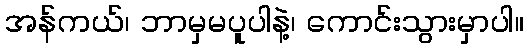
အန်ကယ်၊ ဘာမှမပူပါနဲ့၊ ကောင်းသွားမှာပါ။